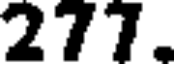
277.